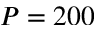
P = 2 0 0